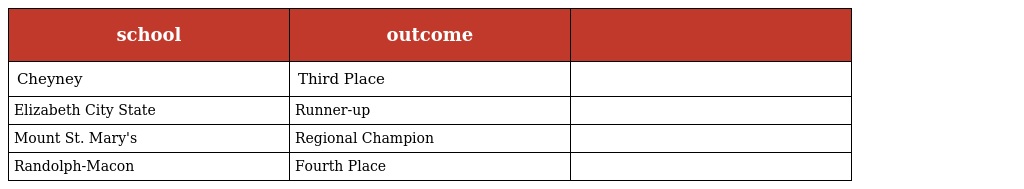
| school | outcome |  |
 | --- | --- | --- |
 | Cheyney | Third Place |  |
 | Elizabeth City State | Runner-up |  |
 | Mount St. Mary's | Regional Champion |  |
 | Randolph-Macon | Fourth Place |  |